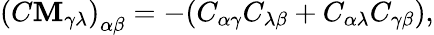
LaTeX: \left(C\mathbf{M}_{\gamma\lambda}\right)_{\alpha\beta}=-(C_{\alpha\gamma}C_{\lambda\beta}+C_{\alpha\lambda}C_{\gamma\beta}),